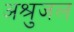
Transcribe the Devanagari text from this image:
अश्रुजल